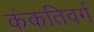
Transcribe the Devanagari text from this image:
कंकतिवर्ग